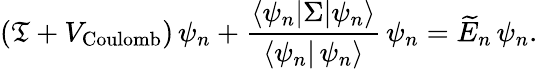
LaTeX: (\mathfrak{T}+V_{\textrm{{Coulomb}}})\, \psi_{n}+\frac{{\langle\psi_{n}|\Sigma|\psi_{n}\rangle}}{{\langle\psi_{n}|\, \psi_{n}\rangle}}\, \psi_{n}=\widetilde{{E}}_{n}\, \psi_{n}.